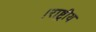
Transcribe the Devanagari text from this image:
।राष्ट्रीय